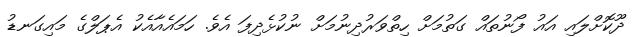
ދޫކޮށްލައި އައު ފޯނުތައް ގަތުމަށް ހިތްވަރުދިނުމަށް ނުކުޅެދިފަ އެވެ. ހަމައެއާއެކު އެޕަލްގެ މައިގަނޑު